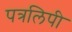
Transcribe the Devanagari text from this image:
पत्रलिपी